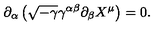
\partial _ { \alpha } \left( \sqrt { - \gamma } \gamma ^ { \alpha \beta } \partial _ { \beta } X ^ { \mu } \right) = 0 .